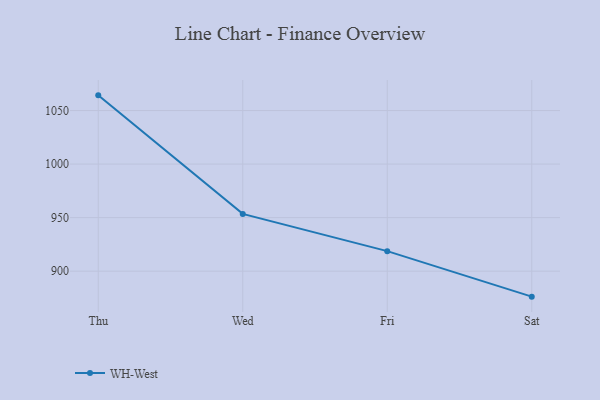
{"axis": {"x": "Day", "y": "Latency (ms)"}, "legend": ["WH-West"], "data": [{"x": "Thu", "y": 1064.2, "type": "WH-West"}, {"x": "Wed", "y": 953.5, "type": "WH-West"}, {"x": "Fri", "y": 918.7, "type": "WH-West"}, {"x": "Sat", "y": 876.2, "type": "WH-West"}]}